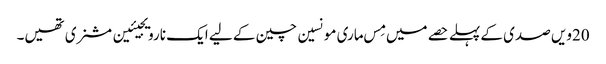
20ویں صدی کے پہلے حصے میں مِس ماری مونسین چین کے لیے ایک نارویجیئین مشنری تھیں۔